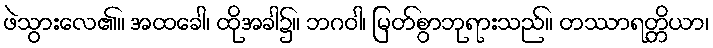
ဖဲသွားလေ၏။ အထခေါ၊ ထိုအခါ၌။ ဘဂဝါ၊ မြတ်စွာဘုရားသည်။ တဿာရတ္တိယာ၊